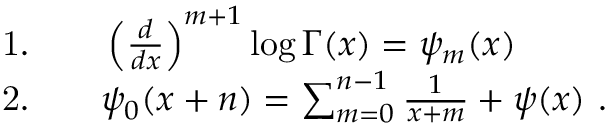
\begin{array} { r l } { \mathrm { 1 . } \quad } & { { } \left( \frac { d } { d x } \right) ^ { m + 1 } \log \Gamma ( x ) = \psi _ { m } ( x ) } \\ { \mathrm { 2 . } \quad } & { { } \psi _ { 0 } ( x + n ) = \sum _ { m = 0 } ^ { n - 1 } \frac { 1 } { x + m } + \psi ( x ) ~ . } \end{array}